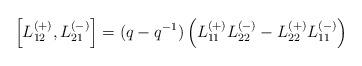
LaTeX: \begin{align*}\left[L_{12}^{(+)},L_{21}^{(-)}\right]=(q-q^{-1})\left(L_{11}^{(+)}L_{22}^{(-)}-L_{22}^{(+)}L_{11}^{(-)}\right)\end{align*}